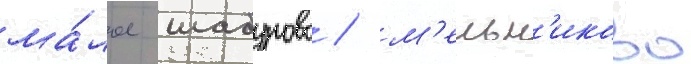
ма́лое шабурово / м'ельн'иково